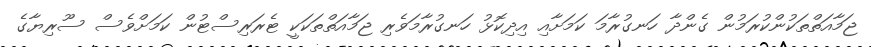
ޖަމާއަތްތަކުންކުރަމުން ގެންދާ ހަނގުރާމަ ކަމަށާއި އިދިކޮޅު ހަނގުރާމަވެރި ޖަމާއަތްތަކަކީ ޓެރަރިސްޓުން ކަމަށްވެސް ސޫރިޔާގެ